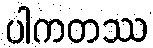
ပါကတဿ